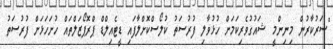
"ސަރުކާރުން މިނިންމީ ޝައުގުވެރިކަމަށް ހުޅުވާލި ފުރުސަތު ކުލޯސްކޮށްލާފައި ޑީޓެއިލްޑް ޕްރޮޕޯޒަލްތައް ހުށަހަޅަށް ފުރުސަތު